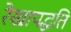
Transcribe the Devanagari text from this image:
रेखापद्धति